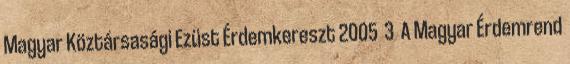
Magyar Köztársasági Ezüst Érdemkereszt 2005 3 A Magyar Érdemrend